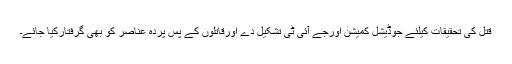
قتل کی تحقیقات کیلئے جوڈیشل کمیشن اورجے آئی ٹی تشکیل دے اورقاتلوں کے پس پردہ عناصر کو بھی گرفتارکیا جائے۔